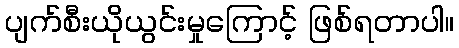
ပျက်စီးယိုယွင်းမှုကြောင့် ဖြစ်ရတာပါ။